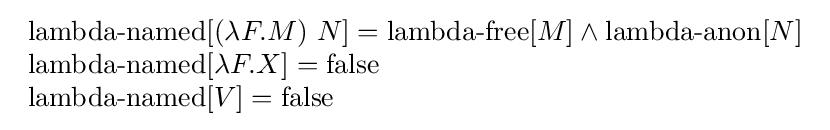
{\begin{array}{l}\operatorname {lambda-named} [(\lambda F.M)\ N]=\operatorname {lambda-free} [M]\land \operatorname {lambda-anon} [N]\\\operatorname {lambda-named} [\lambda F.X]=\operatorname {false} \\\operatorname {lambda-named} [V]=\operatorname {false} \end{array}}